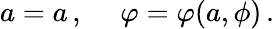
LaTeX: a=a\, ,\ \ \ \ \ \varphi=\varphi(a,\phi)\, .